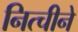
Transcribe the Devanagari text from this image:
नित्चीने